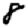
Digit: 8